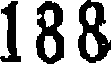
188